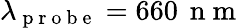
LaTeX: \lambda_{\mathrm{~p~r~o~b~e~}}=660\, \mathrm{~n~m~}